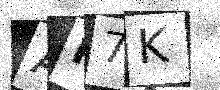
Text: AK7K